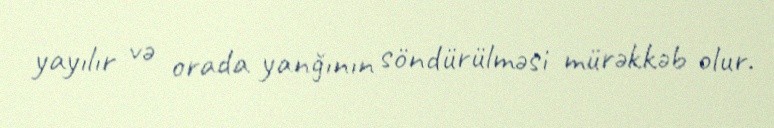
yayılır və orada yanğının söndürülməsi mürəkkəb olur.